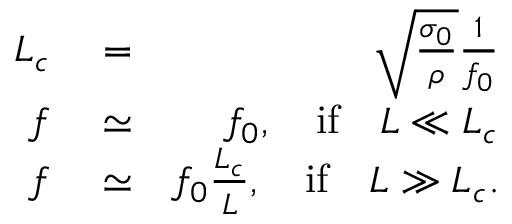
\begin{array} { r l r } { L _ { c } } & { { } = } & { \sqrt { \frac { \sigma _ { 0 } } { \rho } } \frac { 1 } { f _ { 0 } } } \\ { f } & { { } \simeq } & { f _ { 0 } , \quad \mathrm { i f } \quad L \ll L _ { c } } \\ { f } & { { } \simeq } & { f _ { 0 } \frac { L _ { c } } { L } , \quad \mathrm { i f } \quad L \gg L _ { c } . } \end{array}